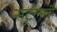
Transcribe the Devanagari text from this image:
सुटलेली